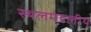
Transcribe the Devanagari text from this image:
स्थलमंडलीय